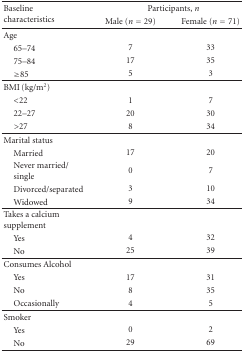
<table><thead><tr><td rowspan="2"><b>Baseline characteristics</b></td><td colspan="2"><b>Participants, <i>n</i></b></td></tr><tr><td><b>Male (<i>n</i> = 29)</b></td><td><b>Female (<i>n</i> = 71)</b></td></tr></thead><tbody><tr><td>Age</td><td></td><td></td></tr><tr><td> 65–74</td><td>7</td><td>33</td></tr><tr><td> 75–84</td><td>17</td><td>35</td></tr><tr><td> ≥85</td><td>5</td><td>3</td></tr><tr><td>BMI (kg/m<sup>2</sup>)</td><td></td><td></td></tr><tr><td> &lt;22</td><td>1</td><td>7</td></tr><tr><td> 22–27</td><td>20</td><td>30</td></tr><tr><td> &gt;27</td><td>8</td><td>34</td></tr><tr><td>Marital status</td><td></td><td></td></tr><tr><td> Married</td><td>17</td><td>20</td></tr><tr><td> Never married/ single</td><td>0</td><td>7</td></tr><tr><td> Divorced/separated</td><td>3</td><td>10</td></tr><tr><td> Widowed</td><td>9</td><td>34</td></tr><tr><td>Takes a calcium supplement</td><td></td><td></td></tr><tr><td> Yes</td><td>4</td><td>32</td></tr><tr><td> No</td><td>25</td><td>39</td></tr><tr><td>Consumes Alcohol</td><td></td><td></td></tr><tr><td> Yes</td><td>17</td><td>31</td></tr><tr><td> No</td><td>8</td><td>35</td></tr><tr><td> Occasionally</td><td>4</td><td>5</td></tr><tr><td>Smoker</td><td></td><td></td></tr><tr><td> Yes</td><td>0</td><td>2</td></tr><tr><td> No</td><td>29</td><td>69</td></tr></tbody></table>